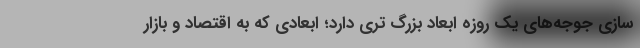
سازی جوجه‌های یک روزه ابعاد بزرگ تری دارد؛ ابعادی که به اقتصاد و بازار